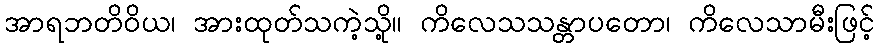
အာရဘတိဝိယ၊ အားထုတ်သကဲ့သို့။ ကိလေသသန္တာပတော၊ ကိလေသာမီးဖြင့်